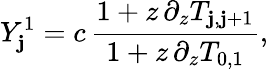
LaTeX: Y_{\mathbf{j}}^{1}=c\, \frac{{1+z\, \partial_{z}T_{\mathbf{j},\mathbf{j}+1}}}{{1+z\, \partial_{z}T_{0,1}}},